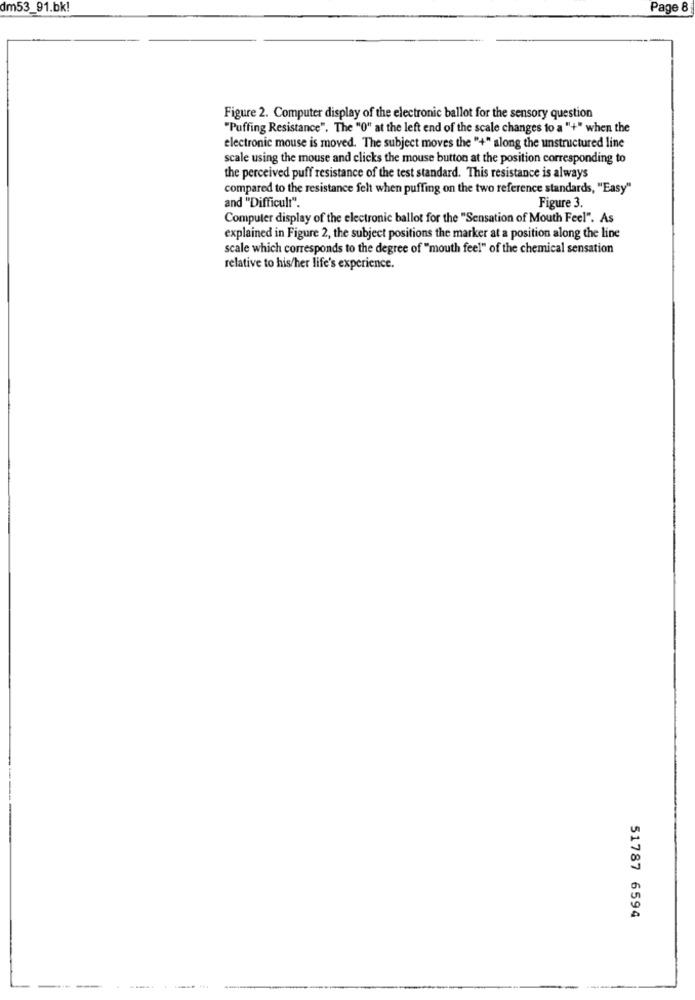
dm53_91.bk!
Page 8
Figure 2. Computer display of the electronic ballot for the sensory question
"Puffing Resistance". The "0" at the left end of the scale changes to a "+" when the
electronic mouse is moved. The subject moves the "+" along the unstructured line
scale using the mouse and clicks the mouse button at the position corresponding to
the perceived puff resistance of the test standard. This resistance is always
compared to the resistance felt when puffing on the two reference standards, "Easy"
and "Difficul!".
Figure 3.
Computer display of the electronic ballot for the "Sensation of Mouth Feel". As
explained in Figure 2, the subject positions the marker at a position along the line
scale which corresponds to the degree of "mouth feel" of the chemical sensation
relative to his/her life's experience.
51787 6594